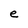
Character: e